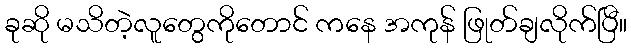
ခုဆို မသိတဲ့လူတွေကိုတောင် ကနေ အကုန် ဖြုတ်ချလိုက်ပြီ။